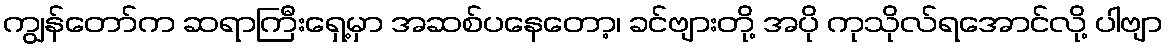
ကျွန်တော်က ဆရာကြီးရှေ့မှာ အဆစ်ပနေတော့၊ ခင်ဗျားတို့ အပို ကုသိုလ်ရအောင်လို့ ပါဗျာ